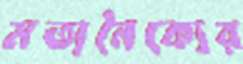
মতানৈক্যের